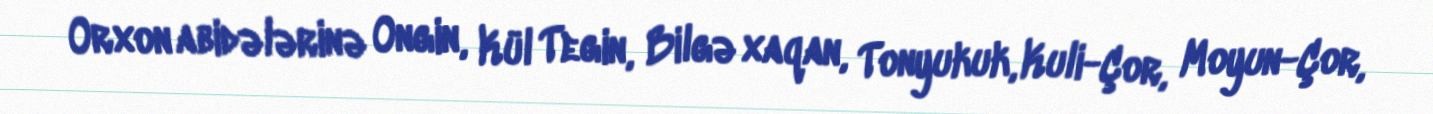
Orxon abidələrinə Ongin, Kül Tegin, Bilgə xaqan, Tonyukuk, Kuli-Çor, Moyun-Çor,